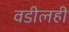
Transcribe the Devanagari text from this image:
वडीलही